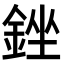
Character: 銼